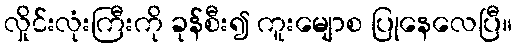
လှိုင်းလုံးကြီးကို ခုန်စီး၍ ကူးမျောစ ပြုနေလေပြီ။